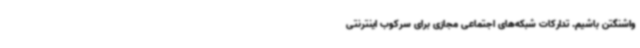
واشنگتن باشیم. تدارکات شبکه‌های اجتماعی مجازی برای سرکوب اینترنتی